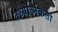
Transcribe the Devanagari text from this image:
तथ्यात्मकता